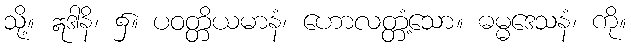
သို့။ ဣဒါနိ၊ ၌။ ပဝတ္တိယမာနံ၊ ဟောလတ္တံ့သော။ ဓမ္မဒေသနံ၊ ကို။